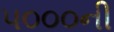
૫૦૦૦ની